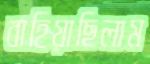
বাহিয়াছিলাম